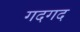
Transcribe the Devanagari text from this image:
गदगद